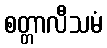
စတ္တာလီသမံ